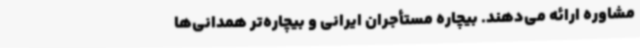
مشاوره ارائه می‌دهند. بیچاره مستأجران ایرانی و بیچاره‌تر همدانی‌ها